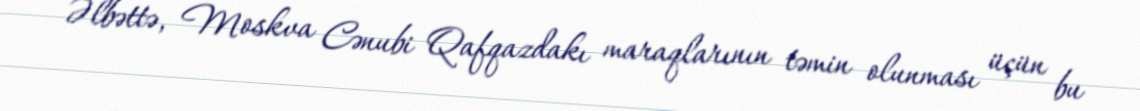
Əlbəttə, Moskva Cənubi Qafqazdakı maraqlarının təmin olunması üçün bu